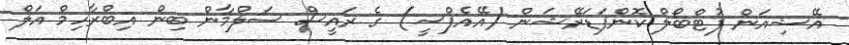
އޭޝިއަން ފުޓްބޯލް ކޮންފަޑަރޭޝަން (އޭއެފްސީ) ގެ ރައީސް ސަލްމާން ބިން އިބްރާހިމް އަލް